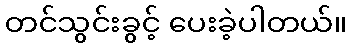
တင်သွင်းခွင့် ပေးခဲ့ပါတယ်။